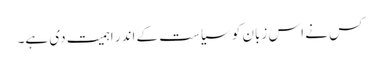
کس نے اس زبان کو سیاست کے اندر اہمیت دی ہے۔